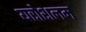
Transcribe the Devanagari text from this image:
यरोशलम